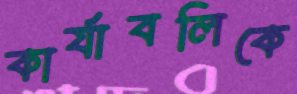
কার্যাবলিকে